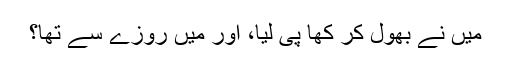
میں نے بھول کر کھا پی لیا، اور میں روزے سے تھا؟